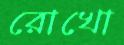
রোখো